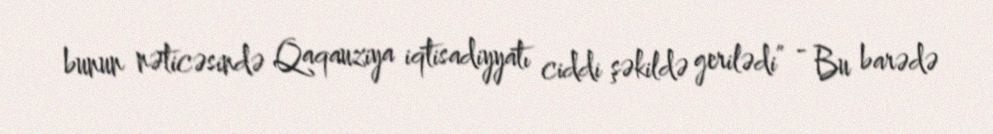
bunun nəticəsində Qaqauziya iqtisadiyyatı ciddi şəkildə gerilədi” - Bu barədə